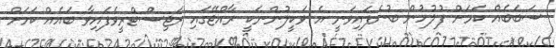
ސަބަބެއް ކަމަށް ފުލުހުން ބުނެފައިވަނީ އެ ވަކީލުންނަކީ ރާއްޖޭގައި ރަޖިސްޓްރީވެފައިވާ ބައެއް ކަމަށް